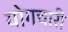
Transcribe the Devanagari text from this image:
योगचारी